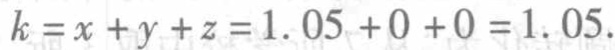
\(k = x + y + z = 1.05 + 0 + 0 = 1.05\)